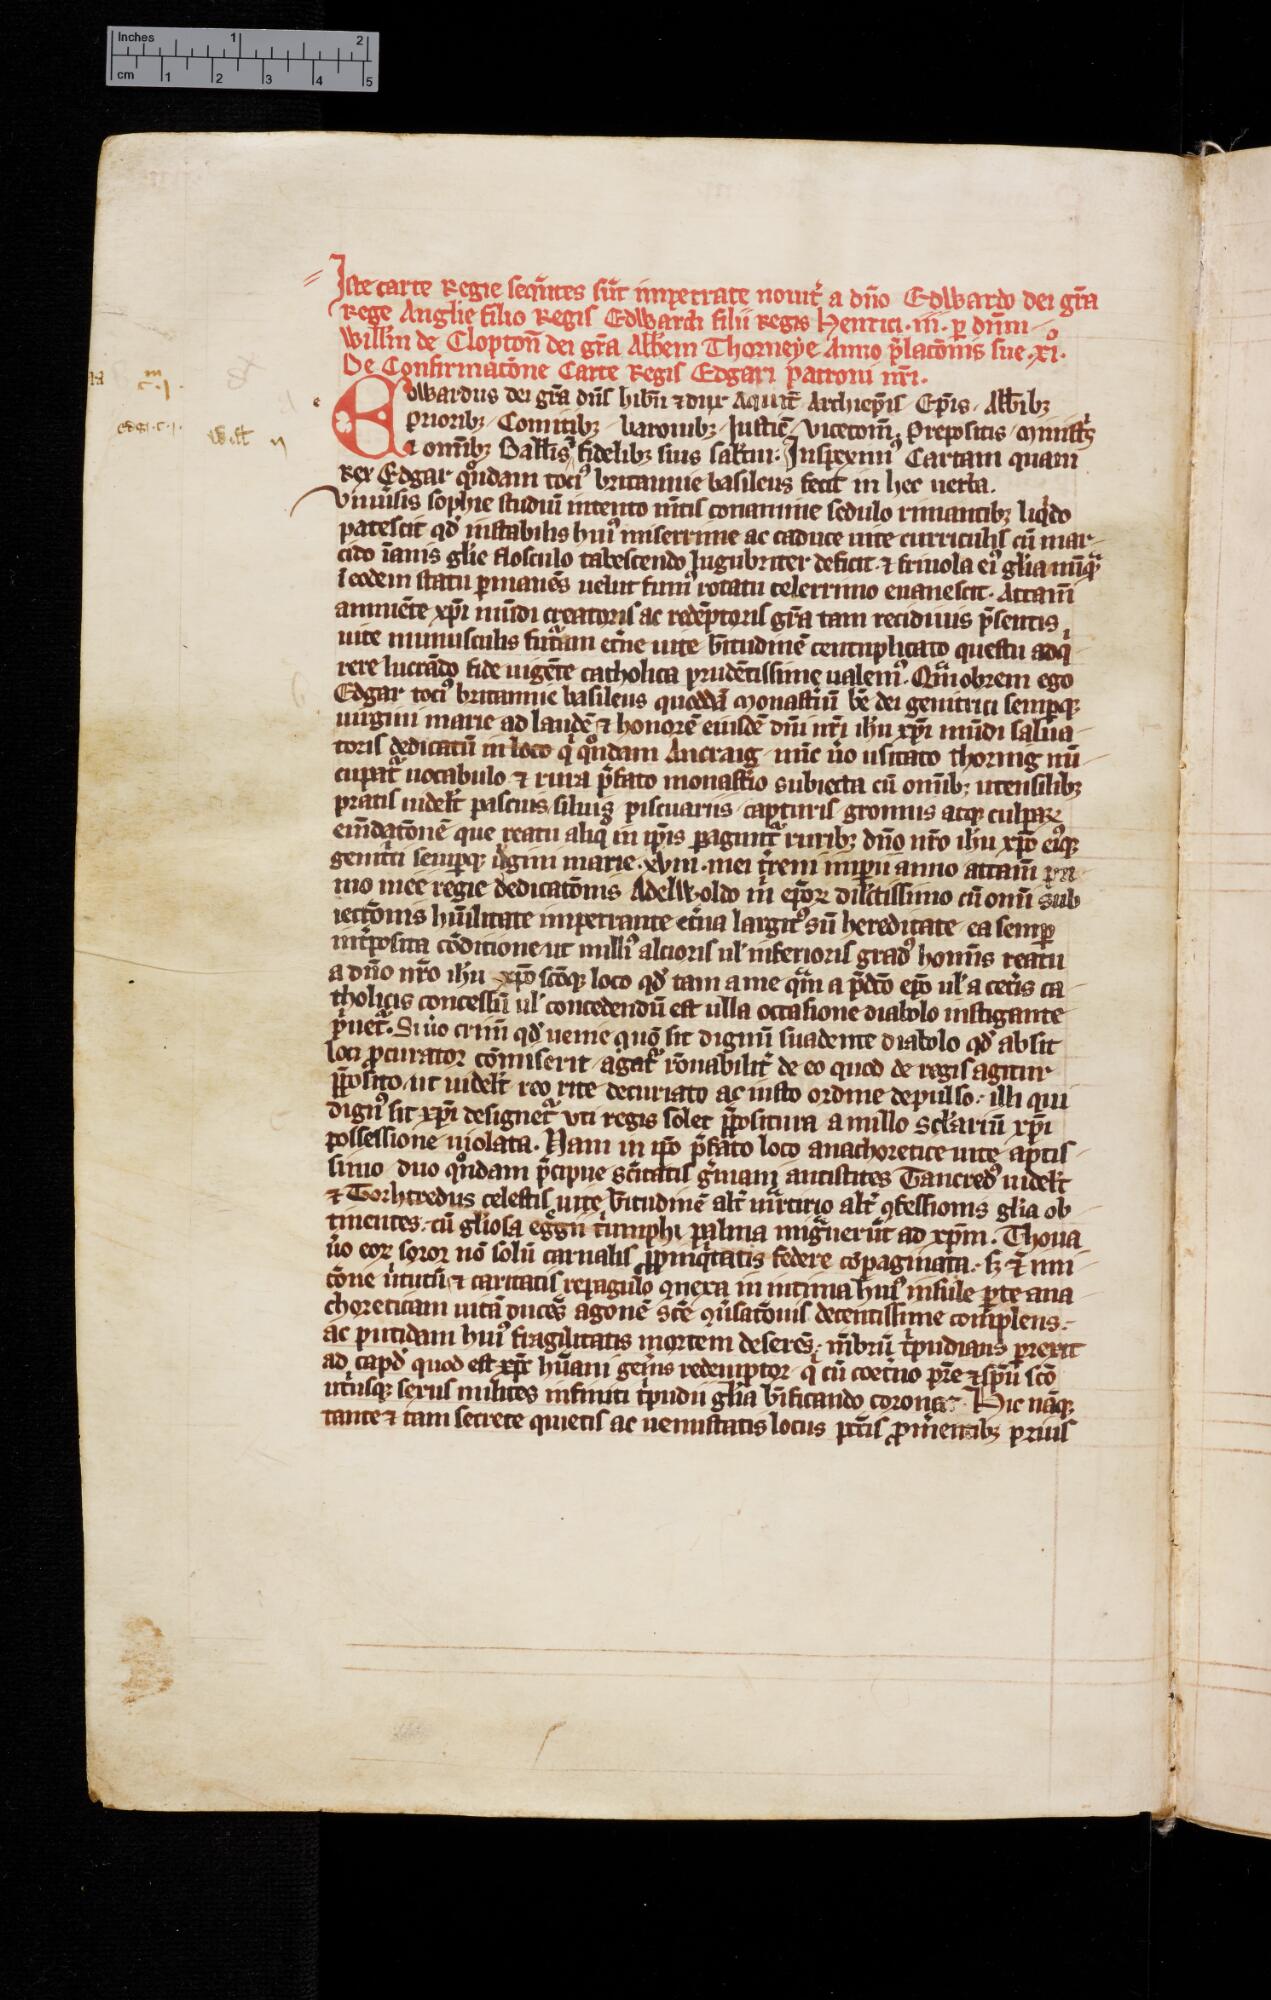
Shelfmark: Cambridge, University Library, ms. Add. 3020
Century: 14